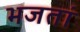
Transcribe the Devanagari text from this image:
भजतां